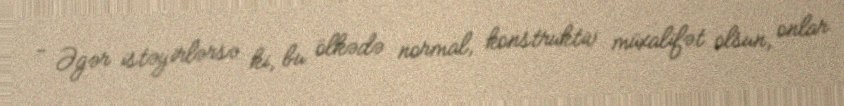
- Əgər istəyirlərsə ki, bu ölkədə normal, konstruktiv müxalifət olsun, onlar